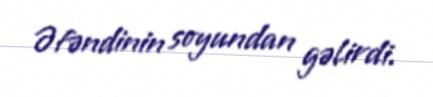
Əfəndinin soyundan gəlirdi.